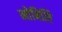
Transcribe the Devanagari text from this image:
नोबिलि